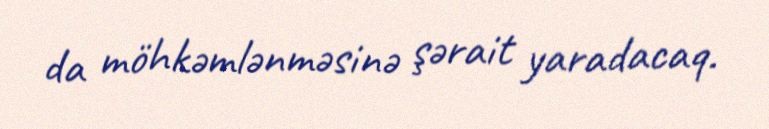
da möhkəmlənməsinə şərait yaradacaq.